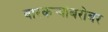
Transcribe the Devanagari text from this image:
वारकर्‍यांबरोबर